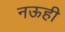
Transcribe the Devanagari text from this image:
नऊही